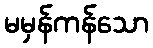
မမှန်ကန်သော